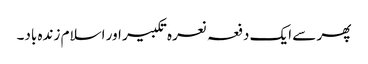
پھر سے ایک دفعہ نعرہ تکبیر اور اسلام زندہ باد۔